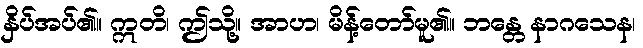
နှိပ်အပ်၏။ ဣတိ၊ ဤသို့။ အာဟ၊ မိန့်တော်မူ၏။ ဘန္တေ နာဂသေန၊